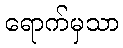
ရောက်မှသာ